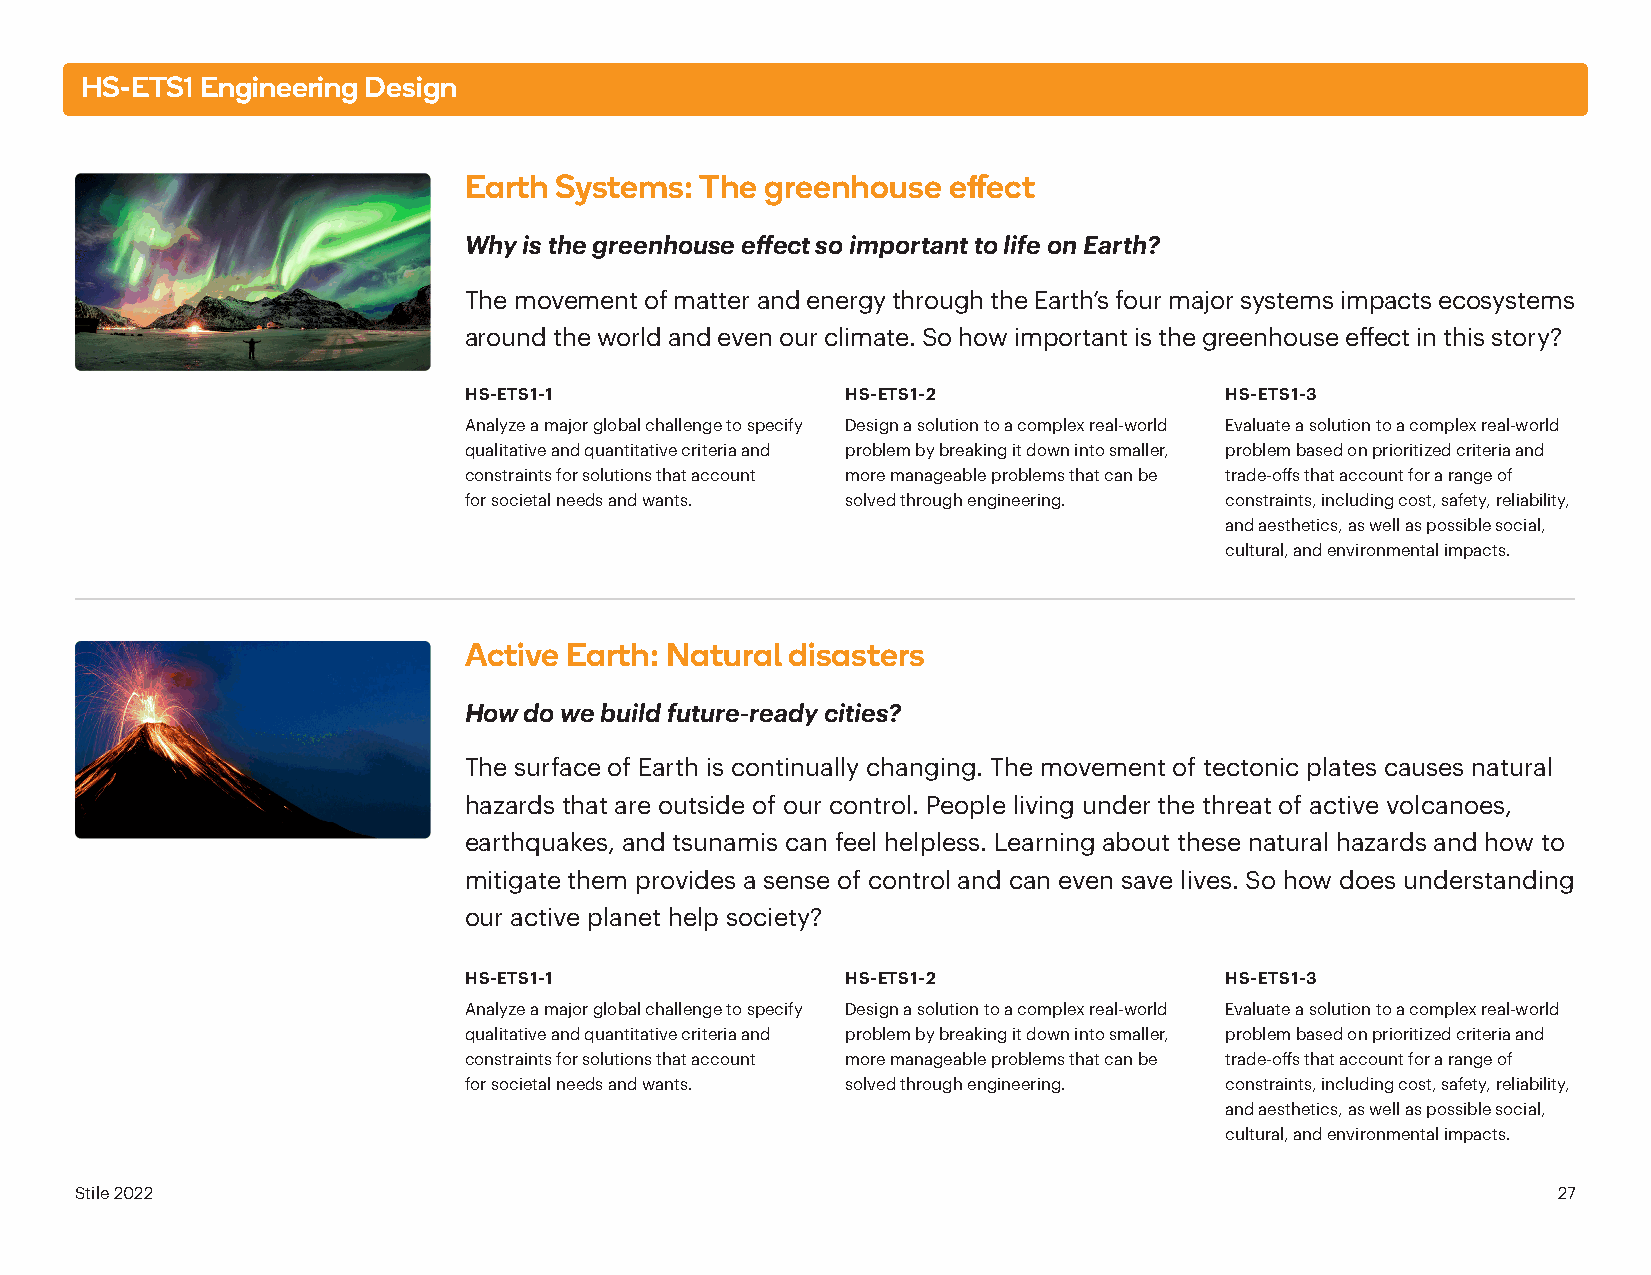
HS-ETS1 Engineering Design
 Earth Systems: The  greenhouse  effect
 Why is the greenhouse effect so important to life on Earth?
 The movement of matter and energy through the Earth’s four major systems impacts ecosystems
 around the world and even our climate. So how important is the greenhouse effect in this story?
 HS-ETS1-1                HS-ETS1-2                HS-ETS1-3
 Analyze a major global challenge to specify Design a solution to a complex real-world Evaluate a solution to a complex real-world
 qualitative and quantitative criteria and problem by breaking it down into smaller, problem based on prioritized criteria and
 constraints for solutions that account more manageable problems that can be trade-offs that account for a range of
 for societal needs and wants. solved through engineering. constraints, including cost, safety, reliability,
 and aesthetics, as well as possible social,
 cultural, and environmental impacts.
 Active Earth: Natural disasters
 How do we build future-ready cities?
 The surface of Earth is continually changing. The movement of tectonic plates causes natural
 hazards that are outside of our control. People living under the threat of active volcanoes,
 earthquakes, and tsunamis can feel helpless. Learning about these natural hazards and how to
 mitigate them provides a sense of control and can even save lives. So how does understanding
 our active planet help society?
 HS-ETS1-1                HS-ETS1-2                HS-ETS1-3
 Analyze a major global challenge to specify Design a solution to a complex real-world Evaluate a solution to a complex real-world
 qualitative and quantitative criteria and problem by breaking it down into smaller, problem based on prioritized criteria and
 constraints for solutions that account more manageable problems that can be trade-offs that account for a range of
 for societal needs and wants. solved through engineering. constraints, including cost, safety, reliability,
 and aesthetics, as well as possible social,
 cultural, and environmental impacts.
 Stile 2022                                                                                        27